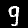
Label: 9